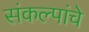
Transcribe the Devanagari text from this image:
संकल्पांचे